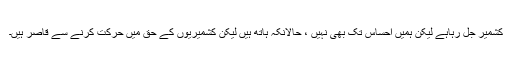
کشمیر جل رہاہے لیکن ہمیں احساس تک بھی نہیں ، حالانکہ ہاتھ ہیں لیکن کشمیریوں کے حق میں حرکت کرنے سے قاصر ہیں۔